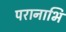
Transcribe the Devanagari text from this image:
परानाभि